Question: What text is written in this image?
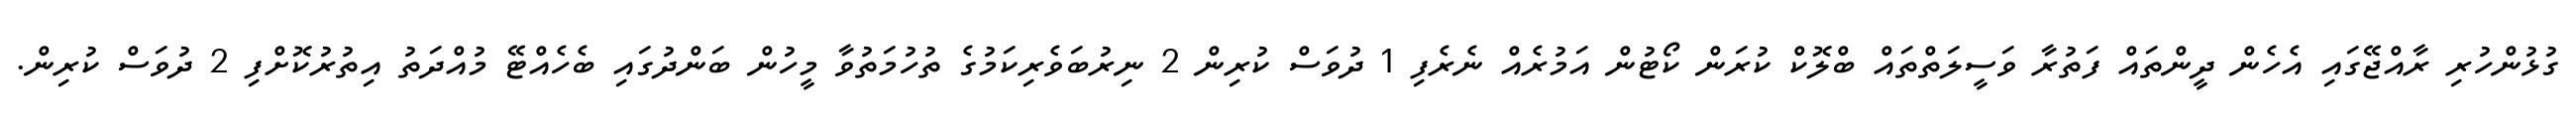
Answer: ގުޅުންހުރި ރާއްޖޭގައި އެހެން ދީންތައް ފަތުރާ ވަސީލަތްތައް ބްލޮކް ކުރަން ކޯޓުން އަމުރެއް ނެރެފި 1 ދުވަސް ކުރިން 2 ނިރުބަވެރިކަމުގެ ތުހުމަތުވާ މީހުން ބަންދުގައި ބެހެއްޓޭ މުއްދަތު އިތުރުކޮށްފި 2 ދުވަސް ކުރިން.